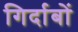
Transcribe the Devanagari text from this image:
गिर्दाबों